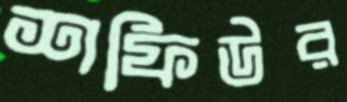
শফিউর